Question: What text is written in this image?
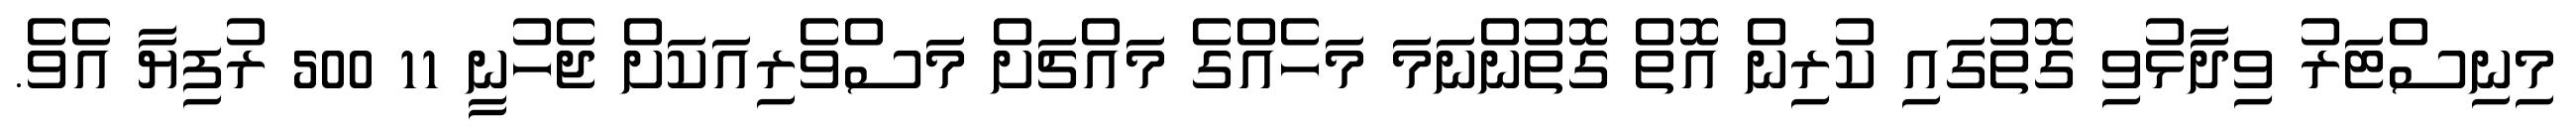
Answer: މިނިސްޓަރު ވިދާޅުވި ގޮތުގައި ކުރިން އޮތް ގޮތުންނަމަ މަހެއްގެ މައްޗަށް މަސްވެރިއަކަށް ޖެހުނީ 11 500 ރުފިޔާ އެވެ.